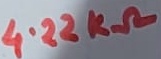
Text: 4.22KΩ